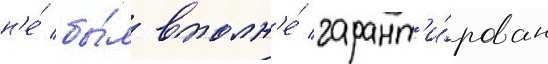
н'е́ бы́л вполн'е́ гарант'и́рован